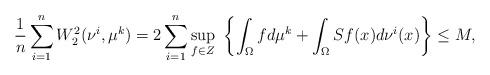
LaTeX: \begin{align*}\frac{1}{n}\sum_{i=1}^nW_2^2(\nu^i,\mu^k) &= 2 \sum_{i=1}^n\underset{f\in Z}{\sup}\ \left\{\int_{\Omega}fd\mu^k+\int_{\Omega}Sf(x)d\nu^i(x)\right\} \le M,\end{align*}